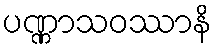
ပဏ္ဏာသဝဿာနိ